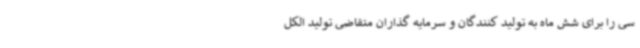
سی را برای شش ماه به تولید کنندگان و سرمایه‌ گذاران متقاضی تولید الکل